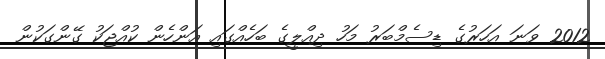
2012 ވަނަ އަހަރުގެ ޑިސެމްބަރު މަހު ދިއްލީގެ ބަހެއްގައި އަންހެން ކުއްޖަކު ގޭންގަކުން